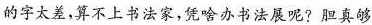
的字太差，算不上书法家，凭啥办书法展呢?胆真够